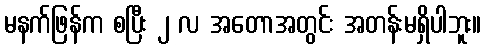
မနက်ဖြန်က စပြီး ၂ လ အတောအတွင်း အတန်းမရှိပါဘူး။